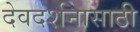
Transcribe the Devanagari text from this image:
देवदर्शनासाठी